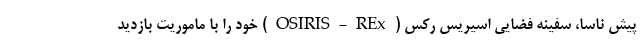
پیش ناسا، سفینه فضایی اسیریس رکس (OSIRIS-REx) خود را با ماموریت بازدید